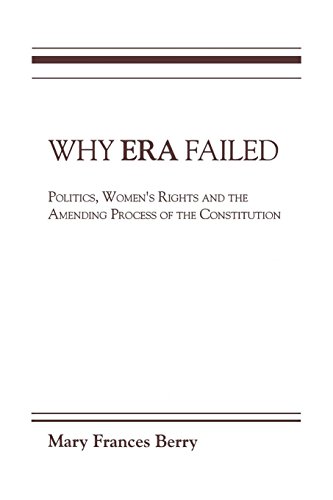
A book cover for Why ERA Failed: Politics, Women's Rights, and the Amending Process of the Constitution (Everywoman: Studies in History, Literature, & Culture); Mary Frances Berry; Politics & Social Sciences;